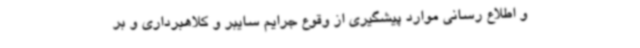
و اطلاع رسانی موارد پیشگیری از وقوع جرایم سایبر و کلاهبرداری و بر